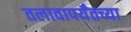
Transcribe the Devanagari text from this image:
तलावापर्यंतच्या